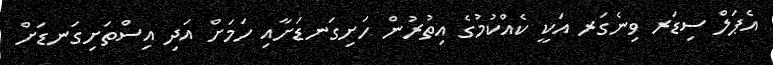
އެޕަލް ސިޑަރ ވިނެގަރ އަކީ ކެއްކުމުގެ އިތުރުން ހަށިގަނޑަށާއި ހަމަށް އަދި އިސްތަށިގަނޑަށް